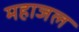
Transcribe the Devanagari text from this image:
महाजल